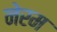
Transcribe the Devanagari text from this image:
नेरम